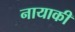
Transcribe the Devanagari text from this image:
नायाकी